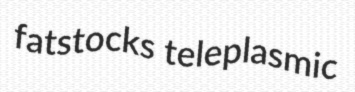
fatstocks teleplasmic